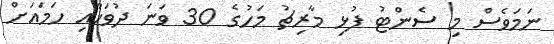
ނަމަވެސް މި ސެންޓު ފުޅި މާރިޗު މަހުގެ 30 ވަނަ ދުވަހާއި ހަމައަށް